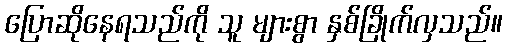
ပြောဆိုနေရသည်ကို သူ များစွာ နှစ်ခြိုက်လှသည်။